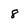
Character: 8